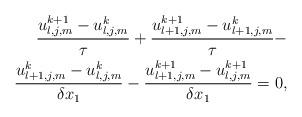
\begin{align*} \frac{ u_{l,j,m}^{k+1} - u_{l,j,m}^k}{\tau} + \frac{ u_{l+1,j,m}^{k+1} - u_{l+1,j,m}^k}{\tau} - \\ \frac{ u_{l+1,j,m}^{k} - u_{l,j,m}^k}{ \delta x_1} - \frac{ u_{l+1,j,m}^{k+1} - u_{l,j,m}^{k+1}}{ \delta x_1} = 0,\end{align*}